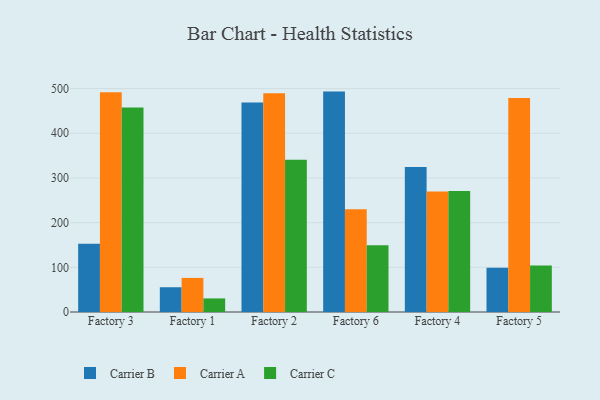
{"axis": {"x": "Factory", "y": "Tickets Resolved"}, "legend": ["Carrier A", "Carrier B", "Carrier C"], "data": [{"x": "Factory 3", "y": 152.5, "type": "Carrier B"}, {"x": "Factory 3", "y": 492.0, "type": "Carrier A"}, {"x": "Factory 3", "y": 457.9, "type": "Carrier C"}, {"x": "Factory 1", "y": 55.4, "type": "Carrier B"}, {"x": "Factory 1", "y": 76.3, "type": "Carrier A"}, {"x": "Factory 1", "y": 30.4, "type": "Carrier C"}, {"x": "Factory 2", "y": 468.7, "type": "Carrier B"}, {"x": "Factory 2", "y": 489.5, "type": "Carrier A"}, {"x": "Factory 2", "y": 340.6, "type": "Carrier C"}, {"x": "Factory 6", "y": 493.3, "type": "Carrier B"}, {"x": "Factory 6", "y": 229.8, "type": "Carrier A"}, {"x": "Factory 6", "y": 149.5, "type": "Carrier C"}, {"x": "Factory 4", "y": 324.3, "type": "Carrier B"}, {"x": "Factory 4", "y": 269.7, "type": "Carrier A"}, {"x": "Factory 4", "y": 270.6, "type": "Carrier C"}, {"x": "Factory 5", "y": 98.9, "type": "Carrier B"}, {"x": "Factory 5", "y": 479.0, "type": "Carrier A"}, {"x": "Factory 5", "y": 104.2, "type": "Carrier C"}]}